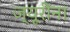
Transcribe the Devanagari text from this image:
ज्यूरींना